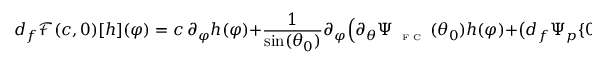
d _ { f } \mathscr { F } ( c , 0 ) [ h ] ( \varphi ) = c \, \partial _ { \varphi } h ( \varphi ) + \frac { 1 } { \sin ( \theta _ { 0 } ) } \partial _ { \varphi } \Big ( \partial _ { \theta } \Psi _ { \textnormal { \tiny { F C } } } ( \theta _ { 0 } ) h ( \varphi ) + \big ( d _ { f } \Psi _ { p } \{ 0 \} [ h ] \big ) ( \theta _ { 0 } , \varphi ) \Big ) .